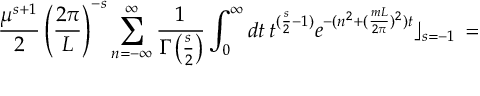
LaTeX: \frac { \mu ^ { s + 1 } } { 2 } \left( \frac { 2 \pi } { L } \right) ^ { - s } \sum _ { n = - \infty } ^ { \infty } \frac { 1 } { \Gamma \left( \frac { s } { 2 } \right) } \int _ { 0 } ^ { \infty } d t \, t ^ { ( \frac { s } { 2 } - 1 ) } e ^ { - ( n ^ { 2 } + ( \frac { m L } { 2 \pi } ) ^ { 2 } ) t } \rfloor _ { s = - 1 } \, =